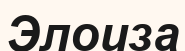
Элоиза